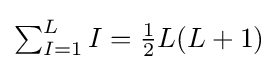
{\textstyle \sum _{I=1}^{L}I={\frac {1}{2}}L(L+1)}